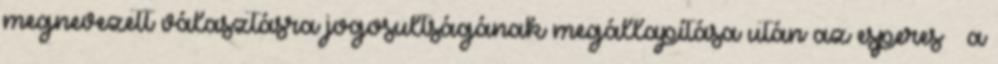
megnevezett választásra jogosultságának megállapítása után az esperes – a